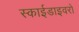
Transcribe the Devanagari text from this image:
स्काईडाइवरों